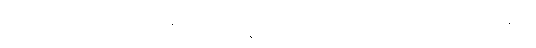
ဝဏ္ဏံ ဘာသတီ”တိအာဒီသု (သံ။ နိ။ ၁။၁၈၇) ဂရဟဏေ။ “ဧဝံ, ဘန္တေတိ